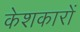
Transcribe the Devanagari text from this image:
केशकारों